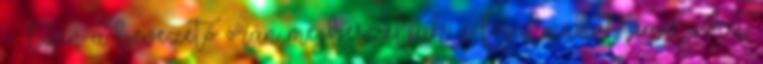
- Ezen a bevezető órán megbeszéljük a fogalmakat, amelyeket